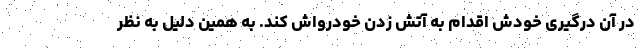
در آن درگیری خودش اقدام به آتش زدن خودرواش کند. به همین دلیل به نظر